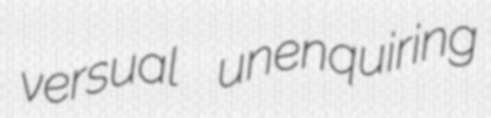
versual unenquiring